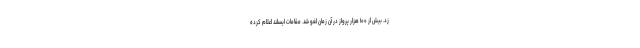
زد. بیش از ۱۰۰ هزار پرواز در آن زمان لغو شد. مقامات ایسلند اعلام کرده